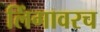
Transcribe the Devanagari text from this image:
लिंगावरच